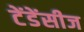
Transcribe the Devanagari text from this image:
टेंडेंसीज